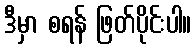
ဒီမှာ စရန် ဖြတ်ပိုင်းပါ။